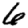
Digit: 6